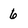
Character: 6